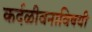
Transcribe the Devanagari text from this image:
कर्दळीवनाविषयी